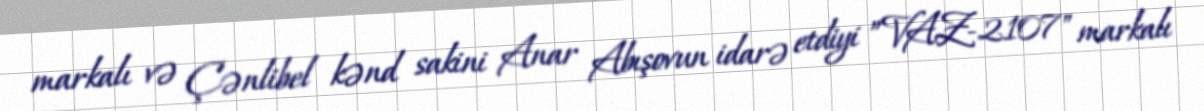
markalı və Çənlibel kənd sakini Anar Abışovun idarə etdiyi ”VAZ-2107" markalı